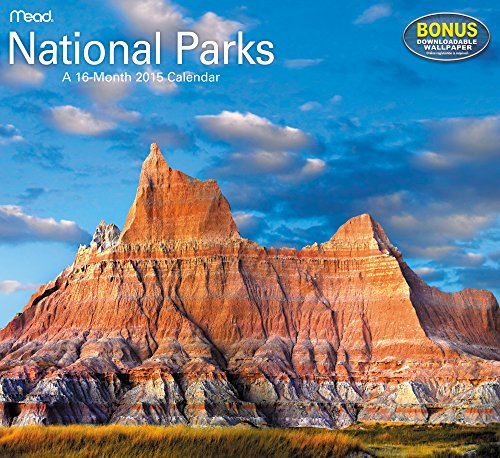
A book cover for National Parks Wall Calendar (2015); Mead; Calendars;